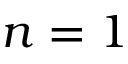
n = 1